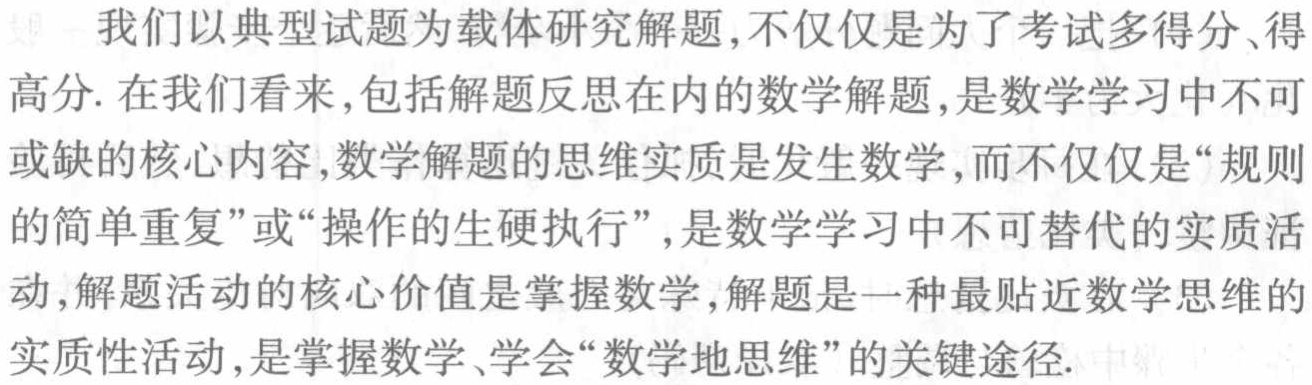
我们以典型试题为载体研究解题,不仅仅是为了考试多得分、得高分. 在我们看来,包括解题反思在内的数学解题,是数学学习中不可或缺的核心内容,数学解题的思维实质是发生数学,而不仅仅是“规则的简单重复”或“操作的生硬执行”,是数学学习中不可替代的实质活动,解题活动的核心价值是掌握数学,解题是一种最贴近数学思维的实质性活动,是掌握数学、学会“数学地思维”的关键途径.